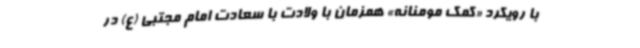
با رویکرد «کمک مومنانه» همزمان با ولادت با سعادت امام مجتبی (ع) در